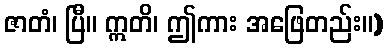
ဇာတံ၊ ပြီ။ ဣတိ၊ ဤကား အဖြေတည်း။)